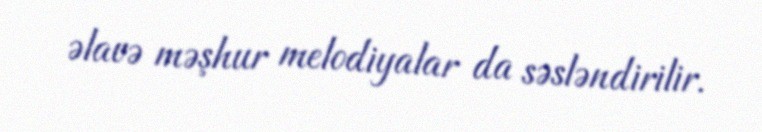
əlavə məşhur melodiyalar da səsləndirilir.